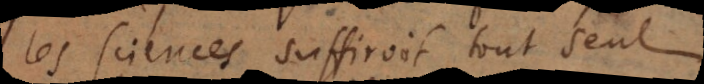
les sciences suffiroit tout seul